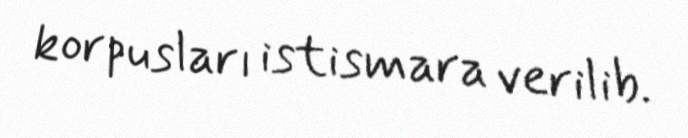
korpusları istismara verilib.